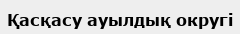
Қасқасу ауылдық округі